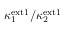
\kappa _ { 1 } ^ { \mathrm { e x t 1 } } / \kappa _ { 2 } ^ { \mathrm { e x t 1 } }